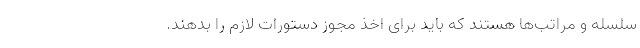
سلسله و مراتب‌ها هستند که باید برای اخذ مجوز دستورات لازم را بدهند.